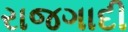
રાજગાદી